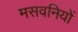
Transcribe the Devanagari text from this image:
मसवनियों